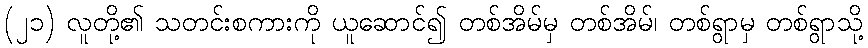
(၂၁) လူတို့၏ သတင်းစကားကို ယူဆောင်၍ တစ်အိမ်မှ တစ်အိမ်၊ တစ်ရွာမှ တစ်ရွာသို့